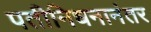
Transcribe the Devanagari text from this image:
पतीनिधनानंतर